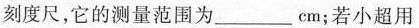
刻度尺，它的测量范围为___cm；若小超用